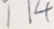
1 1 4